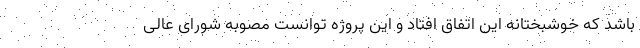
باشد که خوشبختانه این اتفاق افتاد و این پروژه توانست مصوبه شورای عالی